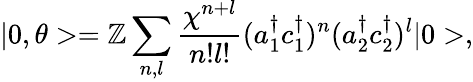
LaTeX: |0,\theta>={\cal\mathbb{Z}}\sum_{n,l}\frac{{\chi^{n+l}}}{{n!l!}}(a_{1}^{\dagger}c_{1}^{\dagger})^{n}(a_{2}^{\dagger}c_{2}^{\dagger})^{l}|0>,